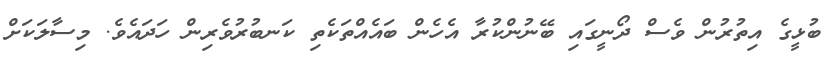
ބުޅީގެ އިތުރުން ވެސް ދޯނީގައި ބޭނުންކުރާ އެހެން ބައެއްތަކެތި ކަނބުރުވެރިން ހަދައެވެ. މިސާލަކަށް